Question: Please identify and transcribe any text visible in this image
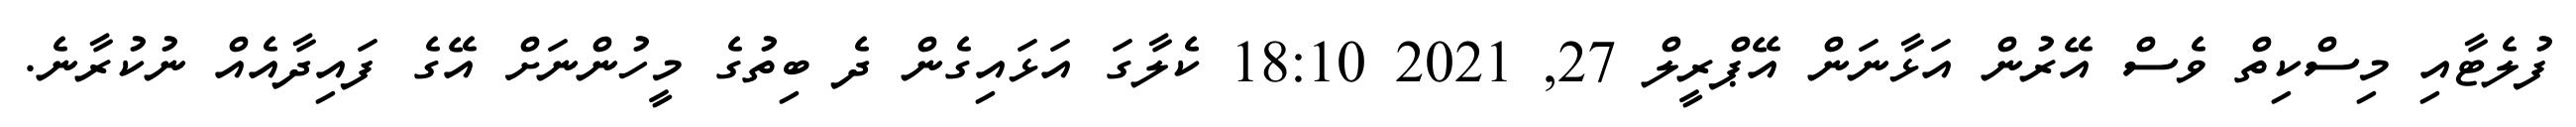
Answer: ފުލެޓާއި މިސްކިތް ވެސް އޭރުން އަޅާނަން އޭޕްރީލް 27, 2021 18:10 ކެލާގަ އަޅައިގެން ދެ ބިތުގެ މީހުންނަށް އޭގެ ފައިދާއެއް ނުކުރާނެ.